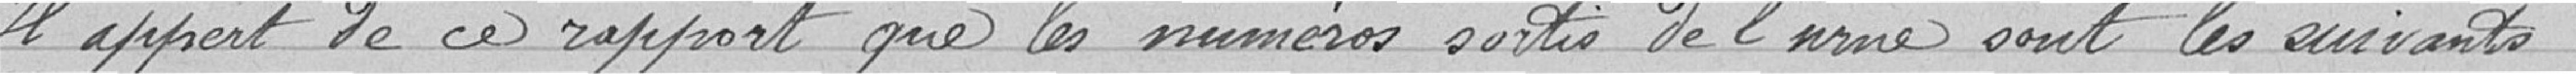
Il appert de ce rapport que les numéros sortis de l'urne sont les suivants :